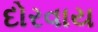
દોરવાય